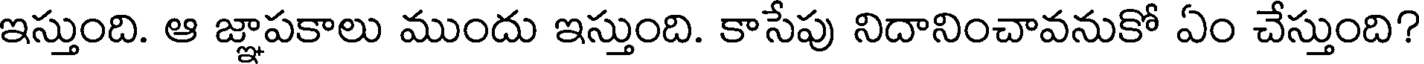
ఇస్తుంది. ఆ జ్ఞాపకాలు ముందు ఇస్తుంది. కాసేపు నిదానించావనుకో ఏం చేస్తుంది?